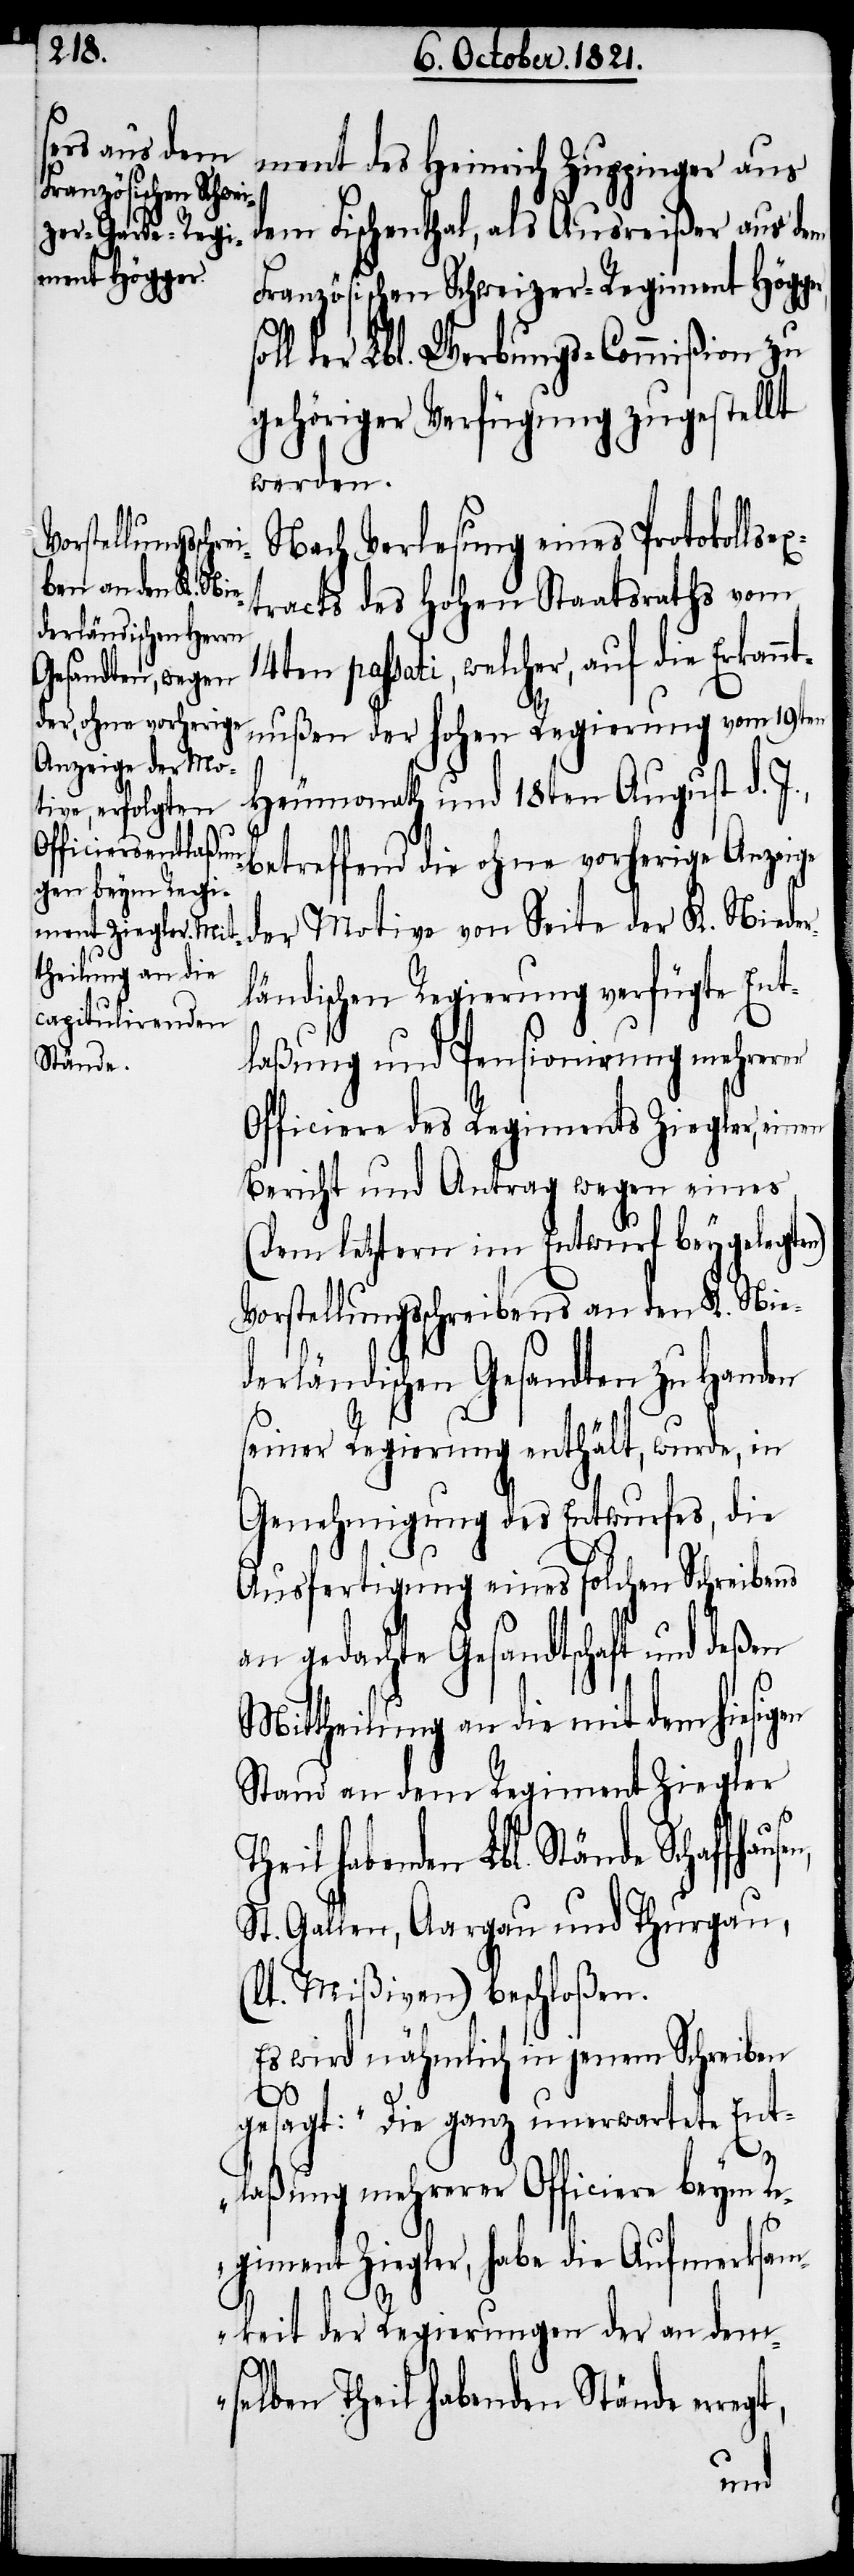
ment des Heinrich Zuppinger aus
dem Fischenthal, als Ausreißer aus dem
Französischen Schweizer-Regiment Högg¬
ll der Lbl. Werbungs-Commißion zu
gehöriger Verfügung zugestellt
werden.
Nach Verlesung eines Protokoll¬
tracts des hohen Staatsraths vom
14ten passati, welcher, auf die Erkannt¬
nußen der hohen Regierung vom 19ten
Heumonath und 18ten August d.
betreffend die ohne vorherige Anzeige
der Motive von Seite der K. Nieder¬
ländischen Regierung verfügte Ent¬
laßung und Pensionierung mehrerer
Officiere des Regiments Ziegler, einen
Bericht und Antrag wegen eines
(dem letztern im Entwurf beygelegten)
Vorstellungsschreiben an den K. Nie¬
derländischen Gesandten zu Handen
seiner Regierung enthält, wurde, in
Genehmigung des Entwurfes, die
Ausfertigung eines solchen Schreibens
an gedachte Gesandtschaft und deßen
Mittheilung an die mit dem hiesigen
Stand an dem Regiment Ziegler
habenden Lbl. Stände Schaffhaus¬
St. Gallen, Aargau und Thurgau,
aut Mißiven) beschloßen.
Es wird nähmlich in jenem Schreiben
s-Ex¬
(l¬
gesagt: „Die ganz unerwartete Ent¬
laßung mehrerer Officiere beym Re¬
giment Ziegler, habe die Aufmerksam¬
keit der Regierungen der an dem¬
selben Theil habenden Stände err¬
egt,